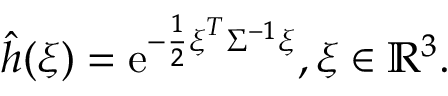
\hat { h } ( \boldsymbol { \xi } ) = \mathrm { e } ^ { - \frac { 1 } { 2 } \boldsymbol { \xi } ^ { T } \Sigma ^ { - 1 } \boldsymbol { \xi } } , \boldsymbol { \xi } \in \mathbb { R } ^ { 3 } .